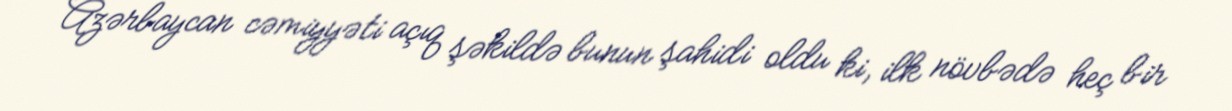
Azərbaycan cəmiyyəti açıq şəkildə bunun şahidi oldu ki, ilk növbədə heç bir